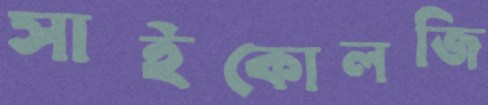
সাইকোলজি